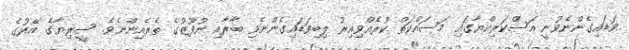
ވަޑައިގެންނެވުނީ އަސްކަރިއްޔާގައި މަސައްކަތް ކުރެއްވިއިރު ލިބިވަޑައިގެންނެވި ބާރާއި ނުފޫޒުގެ ތެރެއިންނެވެ. ސީރިޔާގެ އޭރުގެ